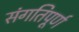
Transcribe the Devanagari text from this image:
संगतिपूर्ण